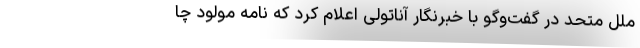
ملل متحد در گفت‌وگو با خبرنگار آناتولی اعلام کرد که نامه مولود چا